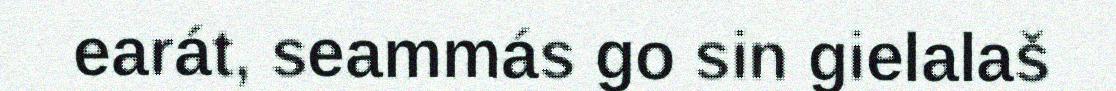
earát, seammás go sin gielalaš